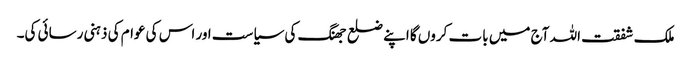
ملک شفقت اللہ آج میں بات کروں گا اپنے ضلع جھنگ کی سیاست اور اس کی عوام کی ذہنی رسائی کی۔